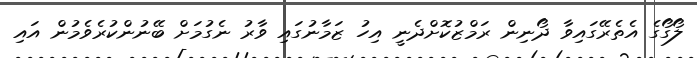
ލޯގޯގެ އެތެރޭގައިވާ ދޯނިން ރަމްޒުކޮށްދެނީ އިހު ޒަމާނުގައި ވާރު ނެގުމަށް ބޭނުންކުރެވެމުން އައި